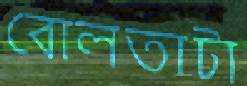
বোলতাটা